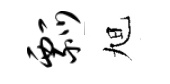
瓢旭